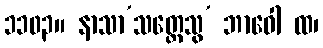
၁၁၀၃။ နာသာ’သတ္တေသွ’ ဘာဝေါ ထ၊